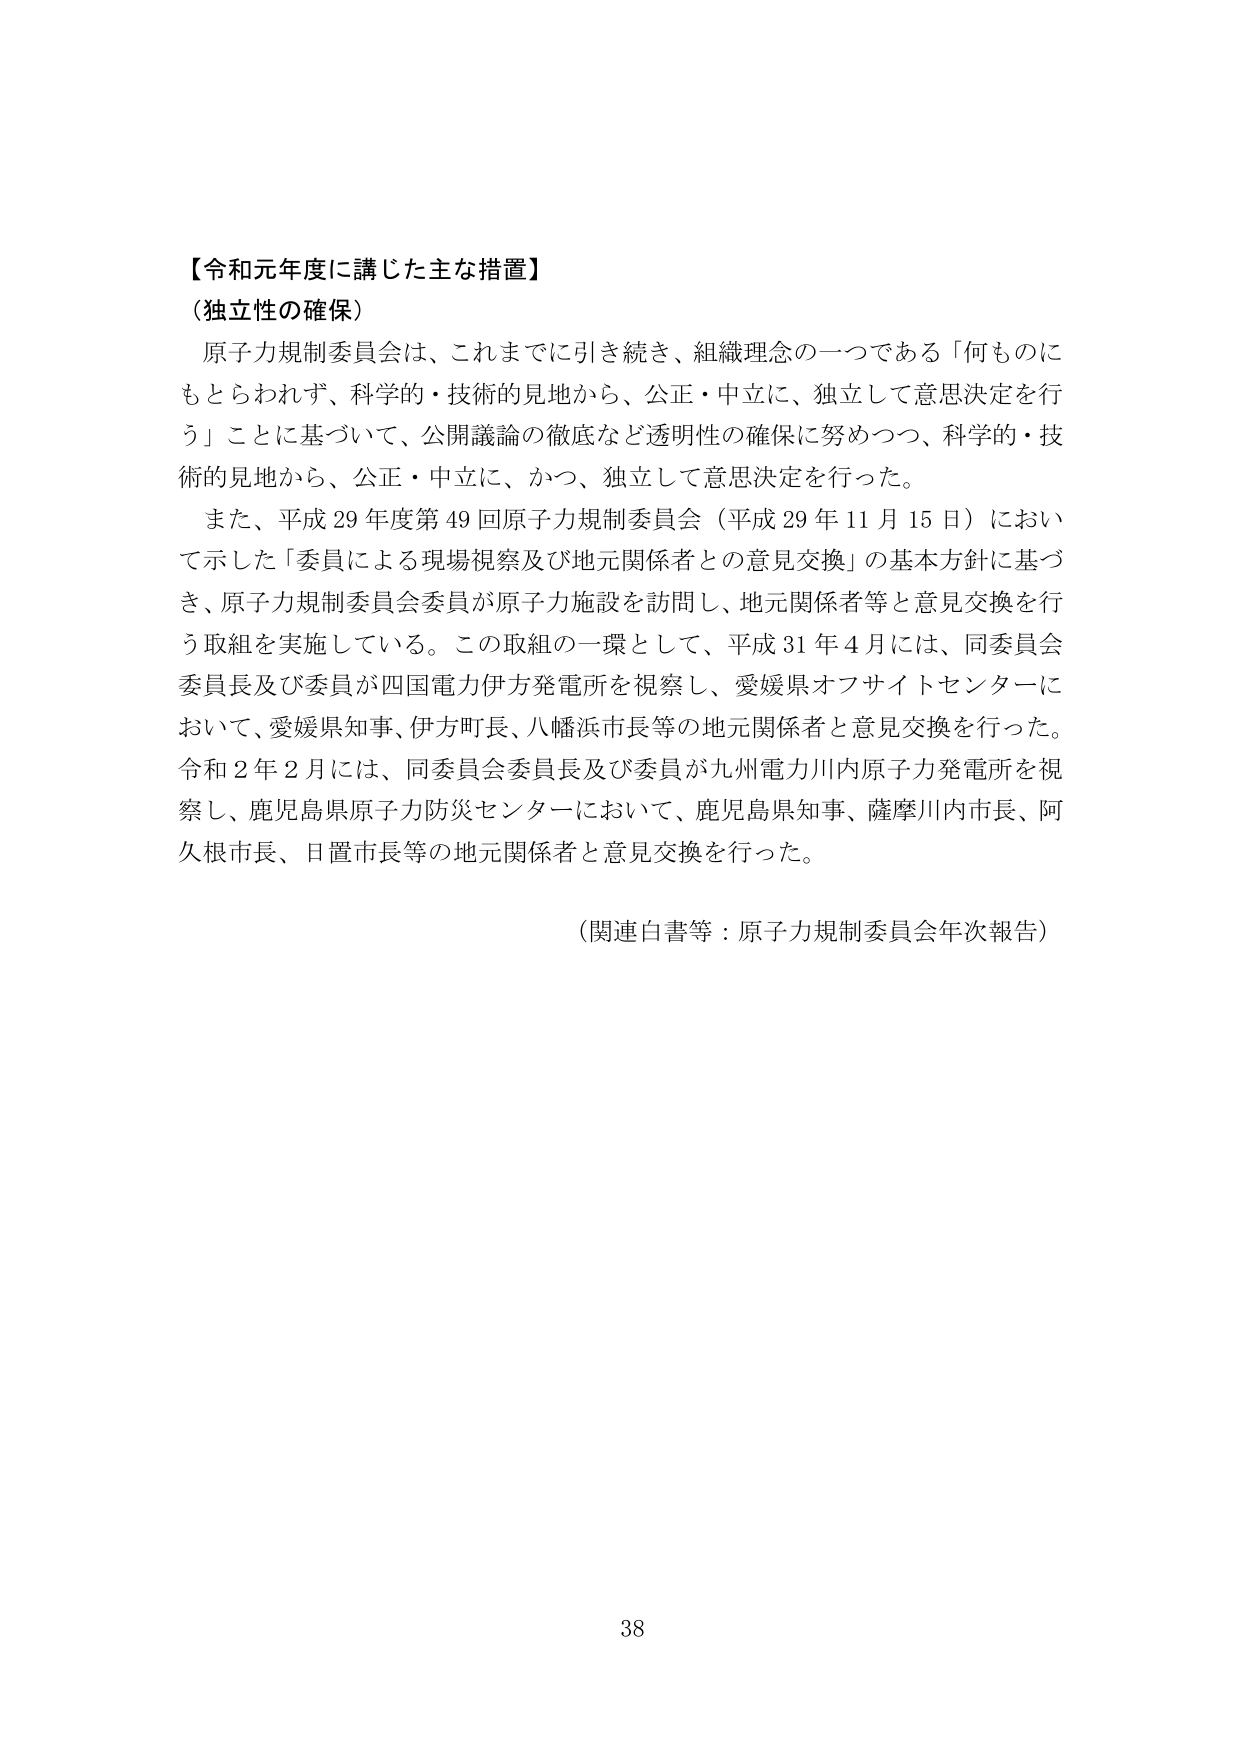
【令和元年度に講じた主な措置】
（独立性の確保）
原子力規制委員会は、これまでに引き続き、組織理念の一つである「何ものにもとらわれず、科学的・技術的見地から、公正・中立に、独立して意思決定を行う」ことに基づいて、公開議論の徹底など透明性の確保に努めつつ、科学的・技術的見地から、公正・中立に、かつ、独立して意思決定を行った。
また、平成29年度第49回原子力規制委員会（平成29年11月15日）において示した「委員による現場視察及び地元関係者との意見交換」の基本方針に基づき、原子力規制委員会委員が原子力施設を訪問し、地元関係者等と意見交換を行う取組を実施している。この取組の一環として、平成31年4月には、同委員会委員長及び委員が四国電力伊方発電所を視察し、愛媛県オフサイトセンターにおいて、愛媛県知事、伊方町長、八幡浜市長等の地元関係者と意見交換を行った。令和2年2月には、同委員会委員長及び委員が九州電力川内原子力発電所を視察し、鹿児島県原子力防災センターにおいて、鹿児島県知事、薩摩川内市長、阿久根市長、日置市長等の地元関係者と意見交換を行った。
（関連白書等：原子力規制委員会年次報告）
38